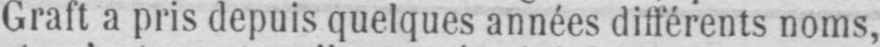
Graft a pris depuis quelques années différents noms,